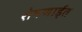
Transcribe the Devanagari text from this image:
रोषणाईत